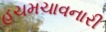
હચમચાવનારી